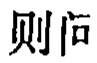
则向